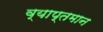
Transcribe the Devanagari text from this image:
व्याप्तमान